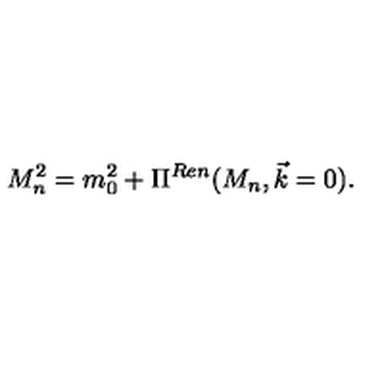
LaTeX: M _ { n } ^ { 2 } = m _ { 0 } ^ { 2 } + \Pi ^ { R e n } ( M _ { n } , \vec { k } = 0 ) .